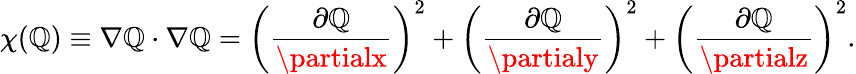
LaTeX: \chi(\mathbb{Q})\equiv\nabla\mathbb{Q}\cdot\nabla\mathbb{Q}=\left(\frac{{\partial\mathbb{Q}}}{{\partialx}}\right)^{2}+\left(\frac{{\partial\mathbb{Q}}}{{\partialy}}\right)^{2}+\left(\frac{{\partial\mathbb{Q}}}{{\partialz}}\right)^{2}.